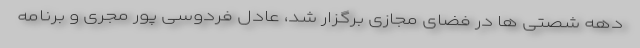
دهه شصتی ها در فضای مجازی برگزار شد، عادل فردوسی پور مجری و برنامه